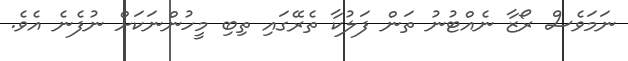
ނަމަވެސް ރޯޒާ ނެއްޓުނު ތަން ފަލުކާ ތެރޭގައި ތިބި މީހުންނަކަށް ނުފެނެ އެވެ.